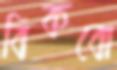
বিকবো